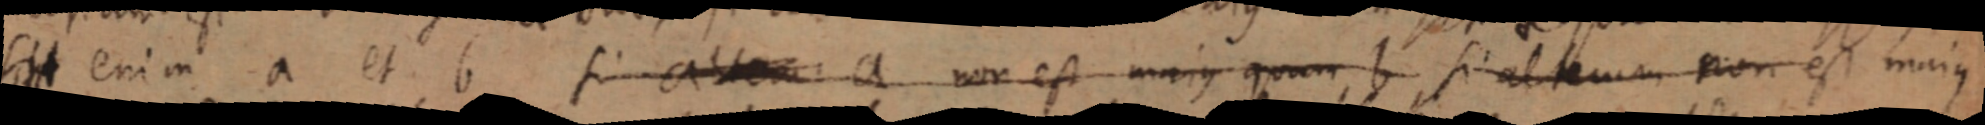
sit enim a et b si altem a non est majus quam b si alterum non est majus